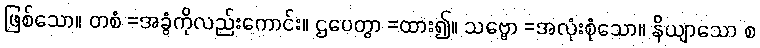
ဖြစ်သော။ တစံ =အခွံကိုလည်းကောင်း။ ဌပေတွာ =ထား၍။ သဗ္ဗော =အလုံးစုံသော။ နိယျာသော စ